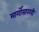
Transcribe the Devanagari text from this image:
मार्गोसारखी